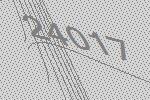
24017